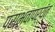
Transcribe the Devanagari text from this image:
पराभवापर्यंत